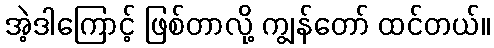
အဲ့ဒါကြောင့် ဖြစ်တာလို့ ကျွန်တော် ထင်တယ်။